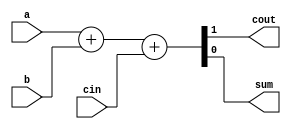
// PRACTICA 1 ESTRUCTURAS DE COMPUTADORES.
// OBJETIVO 2: Implementacin Full-Adder.

module fa(output wire cout, sum, input wire a, b,  cin);

 assign {cout, sum} = a + b + cin; 

endmodule